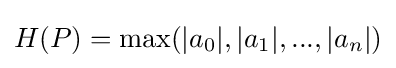
H(P)=\max(|a_{0}|,|a_{1}|,...,|a_{n}|)